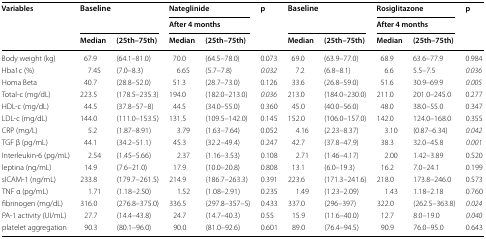
<table><thead><tr><td rowspan="3"><b>Variables</b></td><td rowspan="2" colspan="2"><b>Baseline</b></td><td colspan="2"><b>Nateglinide</b></td><td rowspan="3"><b>p</b></td><td rowspan="2" colspan="2"><b>Baseline</b></td><td colspan="2"><b>Rosiglitazone</b></td><td rowspan="3"><b>p</b></td></tr><tr><td colspan="2"><b>After 4 months</b></td><td colspan="2"><b>After 4 months</b></td></tr><tr><td><b>Median</b></td><td><b>(25th–75th)</b></td><td><b>Median</b></td><td><b>(25th–75th)</b></td><td><b>Median</b></td><td><b>(25th–75th)</b></td><td><b>Median</b></td><td><b>(25th–75th)</b></td></tr></thead><tbody><tr><td>Body weight (kg)</td><td>67.9</td><td>(64.1–81.0)</td><td>70.0</td><td>(64.5–78.0)</td><td>0.073</td><td>69.0</td><td>(63.9–77.0)</td><td>68.9</td><td>63.6–77.9</td><td>0.984</td></tr><tr><td>Hba1c (%)</td><td>7.45</td><td>(7.0–8.3)</td><td>6.65</td><td>(5.7–7.8)</td><td><i>0.032</i></td><td>7.2</td><td>(6.8–8.1)</td><td>6.6</td><td>5.5–7.5</td><td><i>0.036</i></td></tr><tr><td>Homa Beta</td><td>40.7</td><td>(28.8–52.0)</td><td>51.3</td><td>(28.7–73.0)</td><td>0.126</td><td>33.6</td><td>(26.8–59.0)</td><td>51.6</td><td>30.9–69.9</td><td><i>0.005</i></td></tr><tr><td>Total-c (mg/dL)</td><td>223.5</td><td>(178.5–235.3)</td><td>194.0</td><td>(182.0–213.0)</td><td><i>0.036</i></td><td>213.0</td><td>(184.0–230.0)</td><td>211.0</td><td>201.0–245.0</td><td>0.277</td></tr><tr><td>HDL-c (mg/dL)</td><td>44.5</td><td>(37.8–57–8)</td><td>44.5</td><td>(34.0–55.0)</td><td>0.360</td><td>45.0</td><td>(40.0–56.0)</td><td>48.0</td><td>38.0–55.0</td><td>0.347</td></tr><tr><td>LDL-c (mg/dL)</td><td>144.0</td><td>(111.0–153.5)</td><td>131.5</td><td>(109.5–142.0)</td><td>0.145</td><td>152.0</td><td>(106.0–157.0)</td><td>142.0</td><td>124.0–168.0</td><td>0.355</td></tr><tr><td>CRP (mg/L)</td><td>5.2</td><td>(1.87–8.91)</td><td>3.79</td><td>(1.63–7.64)</td><td>0.052</td><td>4.16</td><td>(2.23–8.37)</td><td>3.10</td><td>(0.87–6.34)</td><td><i>0.042</i></td></tr><tr><td>TGF β (pg/mL)</td><td>44.1</td><td>(34.2–51.1)</td><td>45.3</td><td>(32.2–49.4)</td><td>0.247</td><td>42.7</td><td>(37.8–47.9)</td><td>38.3</td><td>32.0–45.8</td><td><i>0.001</i></td></tr><tr><td>Interleukin-6 (pg/mL)</td><td>2.54</td><td>(1.45–5.66)</td><td>2.37</td><td>(1.16–3.53)</td><td>0.108</td><td>2.71</td><td>(1.46–4.17)</td><td>2.00</td><td>1.42–3.89</td><td>0.520</td></tr><tr><td>leptina (ng/mL)</td><td>14.9</td><td>(7.6–21.0)</td><td>17.9</td><td>(10.0–20.8)</td><td>0.808</td><td>13.1</td><td>(6.0–19.3)</td><td>16.2</td><td>7.0–24.1</td><td>0.199</td></tr><tr><td>sICAM-1 (ng/mL)</td><td>233.8</td><td>(179.7–261.5)</td><td>214.9</td><td>(186.7–263.3)</td><td>0.391</td><td>223.6</td><td>(171.3–241.6)</td><td>218.0</td><td>173.8–246.0</td><td>0.573</td></tr><tr><td>TNF α (pg/mL)</td><td>1.71</td><td>(1.18–2.50)</td><td>1.52</td><td>(1.08–2.91)</td><td>0.235</td><td>1.49</td><td>(1.23–2.09)</td><td>1.43</td><td>1.18–2.18</td><td>0.760</td></tr><tr><td>fibrinogen (mg/dL)</td><td>316.0</td><td>(276.8–375.0)</td><td>336.5</td><td>(297.8–357–5)</td><td>0.433</td><td>337.0</td><td>(296–397)</td><td>322.0</td><td>(262.5–363.8)</td><td><i>0.024</i></td></tr><tr><td>PA-1 activity (UI/mL)</td><td>27.7</td><td>(14.4–43.8)</td><td>24.7</td><td>(14.7–40.3)</td><td>0.55</td><td>15.9</td><td>(11.6–40.0)</td><td>12.7</td><td>8.0–19.0</td><td><i>0.040</i></td></tr><tr><td>platelet aggregation</td><td>90.3</td><td>(80.1–96.0)</td><td>90.0</td><td>(81.0–92.6)</td><td>0.601</td><td>89.0</td><td>(76.4–94.5)</td><td>90.9</td><td>76.0–95.0</td><td>0.643</td></tr></tbody></table>